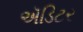
ઍડિટર